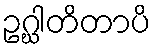
ဥဂ္ဃါတိတာပိ